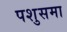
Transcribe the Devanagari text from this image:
पशुसमा